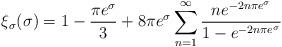
LaTeX: \begin{align*}\xi_{\sigma}(\sigma) = 1 - \frac{\pi e^{\sigma}}{3} + 8\pi e^{\sigma} \sum_{n=1}^{\infty} \frac{n e^{-2n\pi e^{\sigma}}}{1 - e^{-2n\pi e^{\sigma}}} \end{align*}